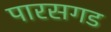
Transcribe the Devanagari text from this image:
पारसगड